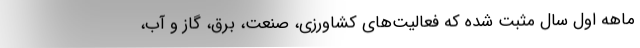
ماهه اول سال مثبت شده که فعالیت‌های کشاورزی، صنعت، برق، گاز و آب،